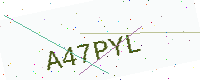
Text: A47PYL